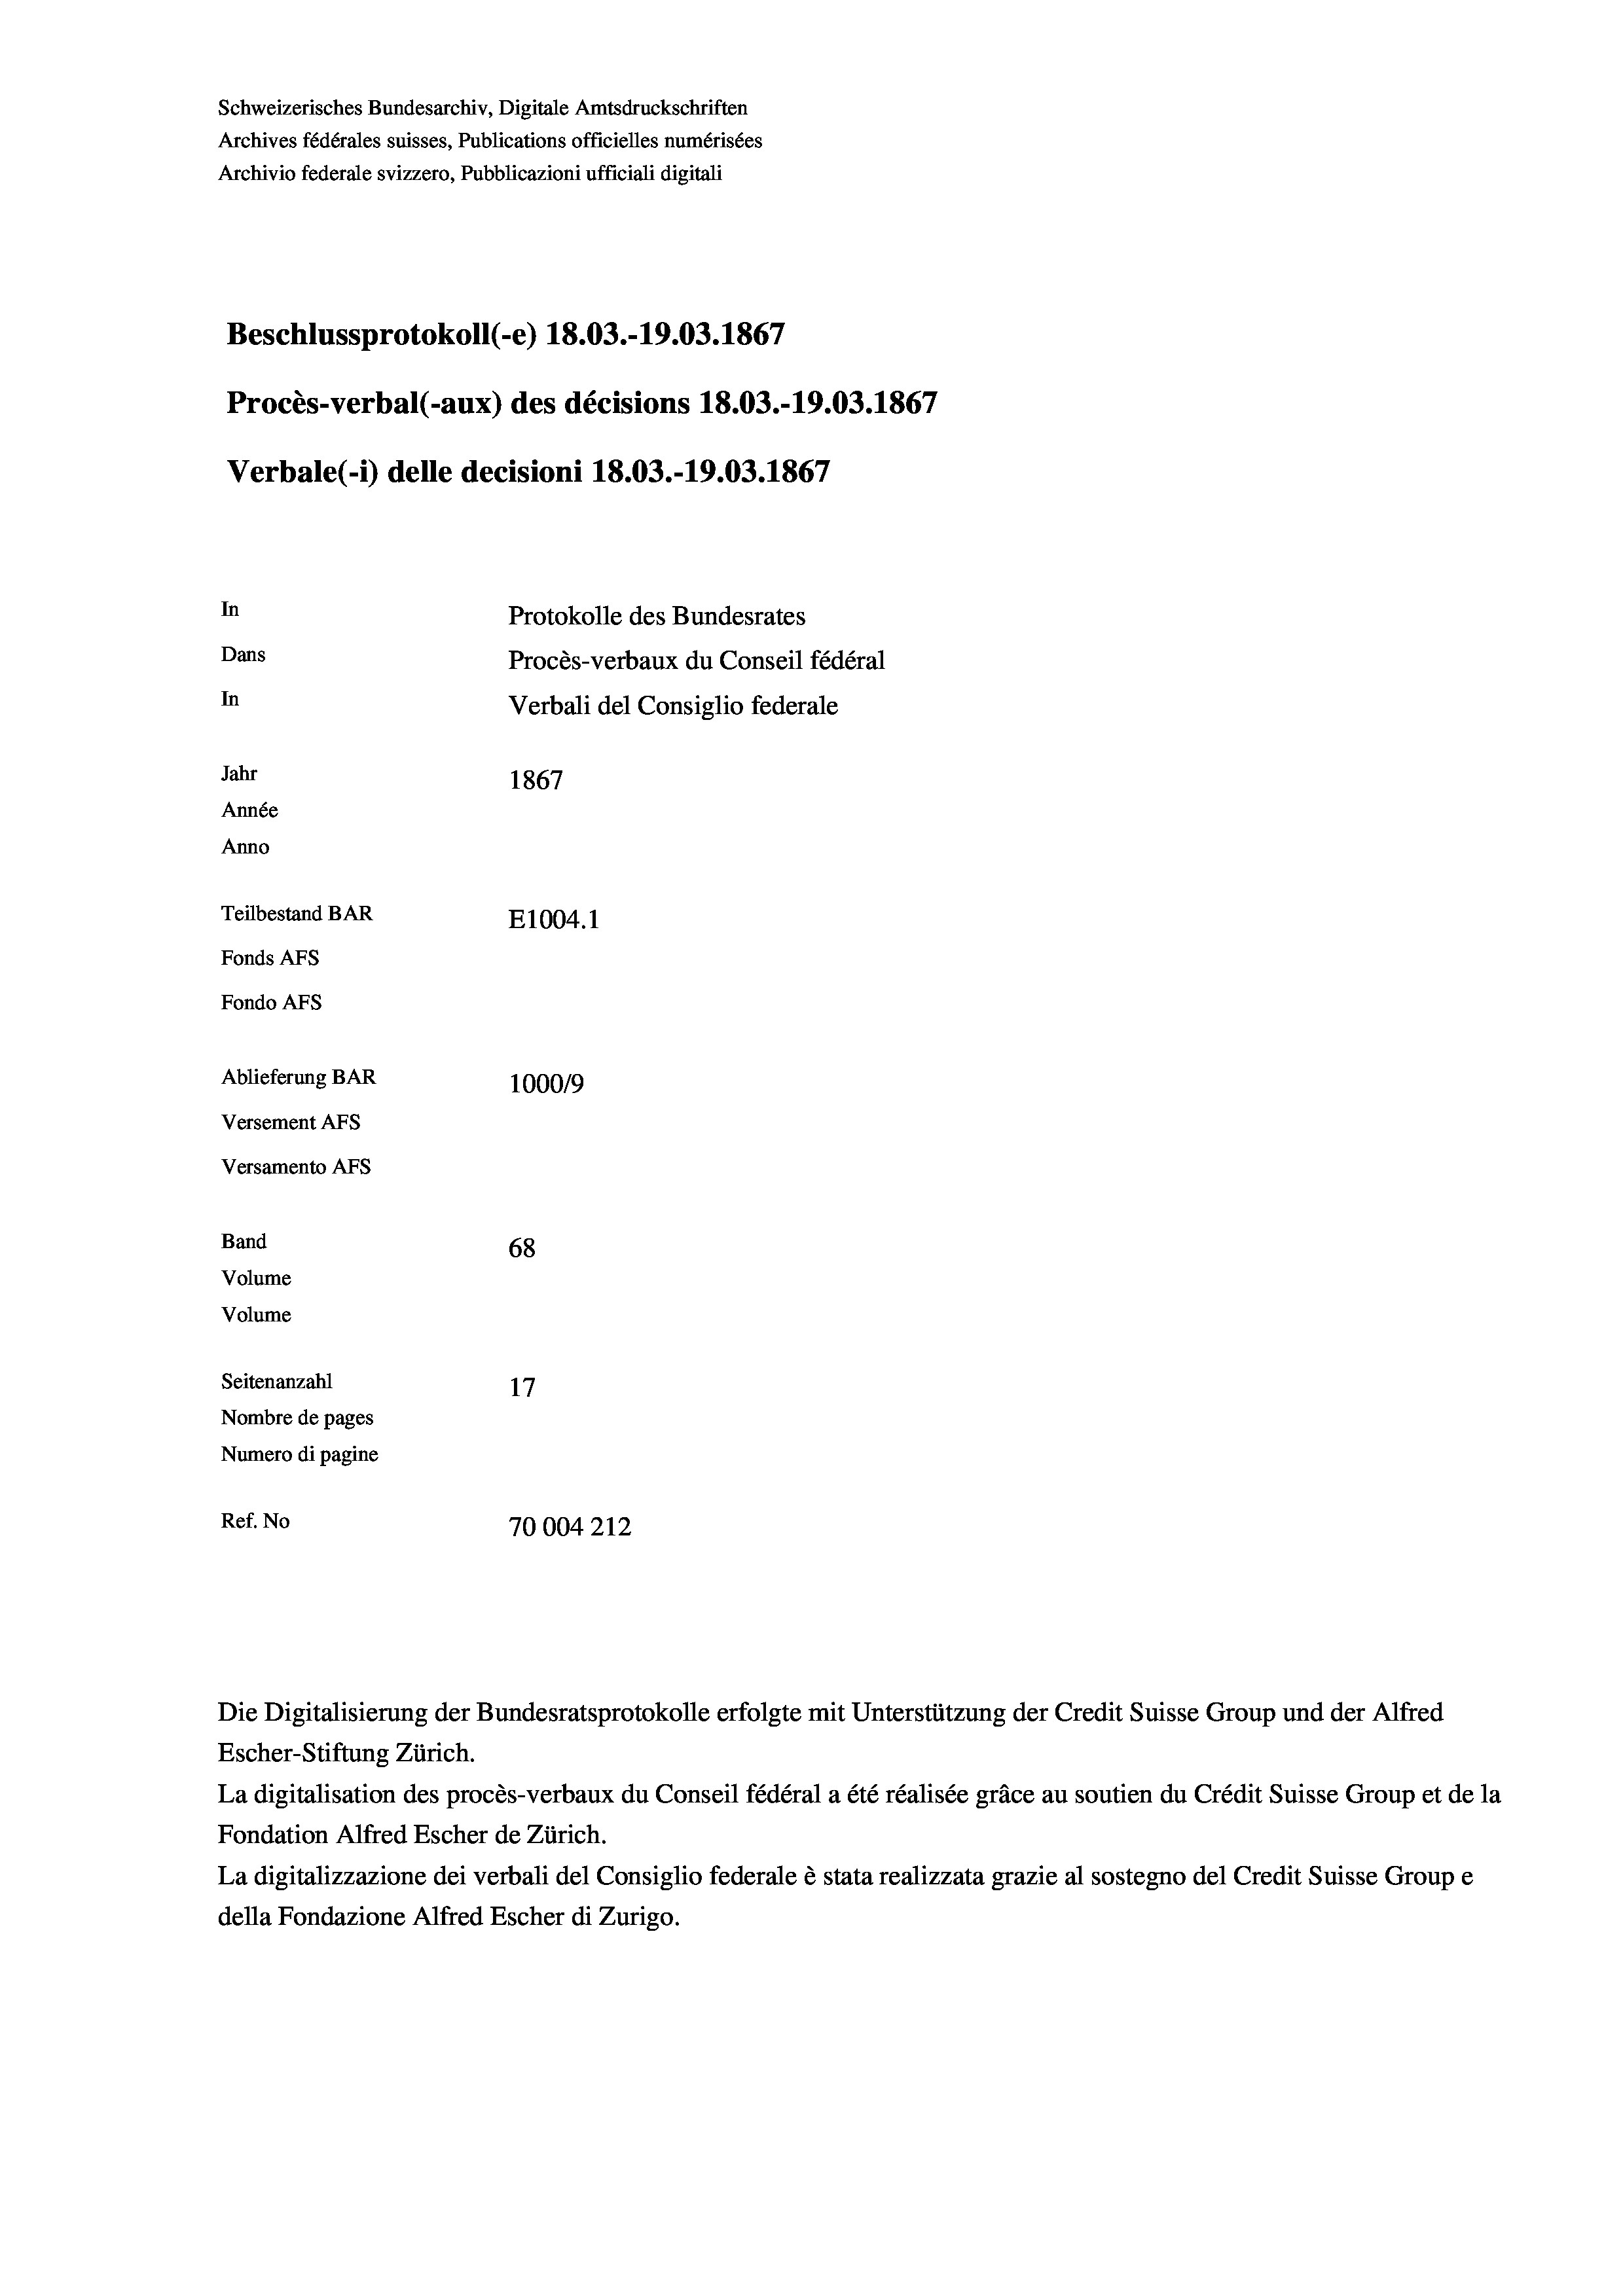
Schweizerisches Bundesarchiv, Digitale Amtsdruckschriften
Archives fédérales suisses, Publications officielles numérisées
Archivio federale svizzero, Pubblicazioni ufficiali digitali
Beschlussprotokoll (-e) 18.03.-19.03. 1867
Procès-verbal (-aux) des décisions 18.03.-19.03. 1867
Verbale (- 1) delle decisioni 18.03.-19.03. 1867
In
Protokolle des Bundesrates
Dans
Procès-verbaux du Conseil fédéral
In
Verbali del Consiglio federale
Jahr
1867
Année
Anno
Teilbestand BAR
E1004. 1
Fonds AFs
Fondo AFs
Ablieferung BAR
100019
Versement AFs
Versamento Afs

68
Seitenanzahl
Nombre de pages
Numero di pagine
Ref. No
70004212

Band
Volume
Volume

Escher-Stiftung Zürich.
La digitalisation des procès-verbaux du Conseil fédéral a été réalisée gräce au soutien du Crédit Suisse Group et de la
Fondation Alfred Escher de Zürich.
La digitalizzazione dei verbali del Consiglio federale è stata realizzata grazie al sostegno del Credit Suisse Groupe
della Fondazione Alfred Escher di Zurigo.

Die Digitalisierung der Bundesratsprotokolle erfolgte mit Unterstützung der Credit Suisse Group und der Alfred